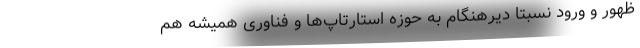
ظهور و ورود نسبتاً دیرهنگام به حوزه استارتاپ‌ها و فناوری همیشه هم